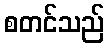
စတင်သည်